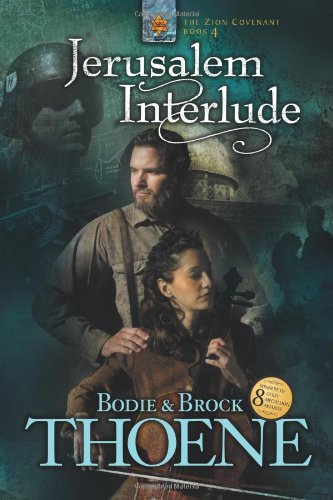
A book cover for Jerusalem Interlude (Zion Covenant, Book 4); Bodie Thoene; Religion & Spirituality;